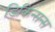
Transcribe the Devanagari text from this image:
डिकिन्सन्स